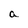
Character: a